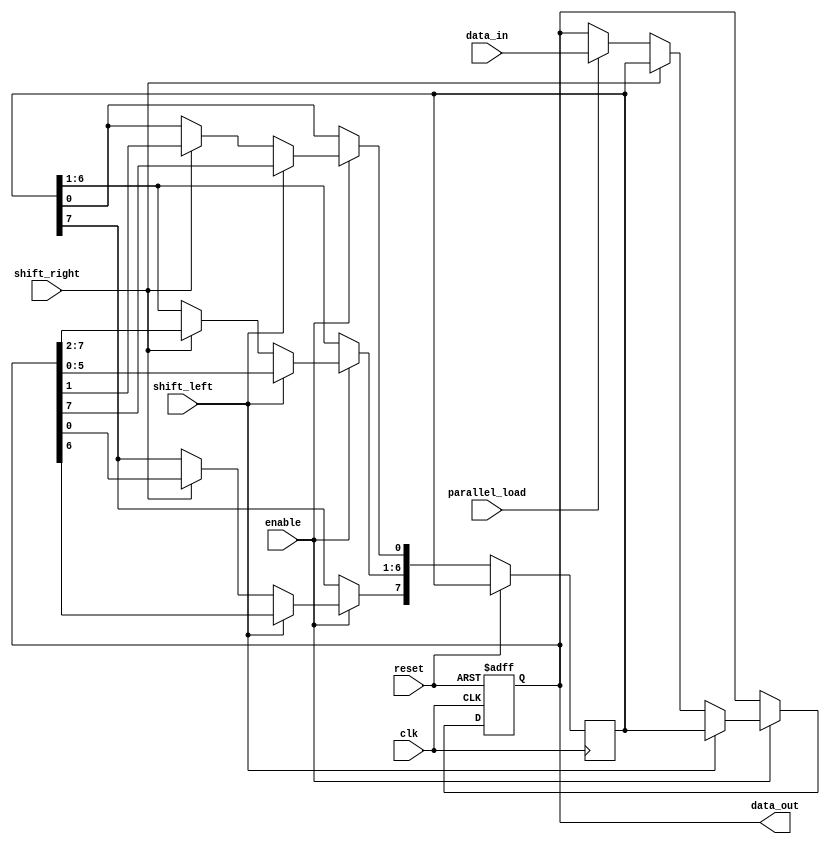
module universal_shift_register (
    input wire clk,
    input wire reset,
    input wire shift_left,
    input wire shift_right,
    input wire parallel_load,
    input wire [7:0] data_in,
    input wire enable,
    output reg [7:0] data_out
);

reg [7:0] shift_reg;
reg [7:0] temp_reg;

always @(posedge clk or posedge reset) begin
    if (reset) begin
        shift_reg <= 8'b0;
    end else if (enable) begin
        if (shift_left) begin
            temp_reg[7:1] <= shift_reg[6:0];
            temp_reg[0] <= shift_reg[7];
            shift_reg <= temp_reg;
        end else if (shift_right) begin
            temp_reg[6:0] <= shift_reg[7:1];
            temp_reg[7] <= shift_reg[0];
            shift_reg <= temp_reg;
        end else if (parallel_load) begin
            shift_reg <= data_in;
        end
    end
end

assign data_out = shift_reg;

endmodule